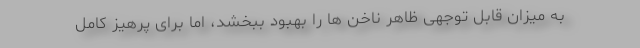
به میزان قابل توجهی ظاهر ناخن ها را بهبود ببخشد، اما برای پرهیز کامل